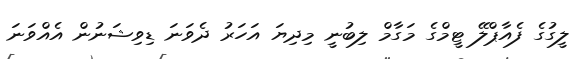
ލީގުގެ ފެއާޕްލޭ ޓީމްގެ މަގާމް ލިބުނީ މިދިޔަ އަހަރު ދެވަނަ ޑިވިޝަނުން އެއްވަނަ